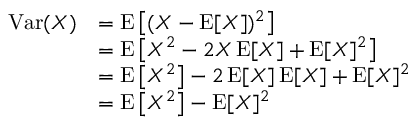
{ \begin{array} { r l } { \operatorname { V a r } ( X ) } & { = \operatorname { E } \left[ ( X - \operatorname { E } [ X ] ) ^ { 2 } \right] } \\ & { = \operatorname { E } \left[ X ^ { 2 } - 2 X \operatorname { E } [ X ] + \operatorname { E } [ X ] ^ { 2 } \right] } \\ & { = \operatorname { E } \left[ X ^ { 2 } \right] - 2 \operatorname { E } [ X ] \operatorname { E } [ X ] + \operatorname { E } [ X ] ^ { 2 } } \\ & { = \operatorname { E } \left[ X ^ { 2 } \right] - \operatorname { E } [ X ] ^ { 2 } } \end{array} }